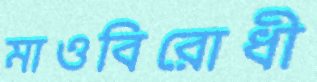
মাওবিরোধী